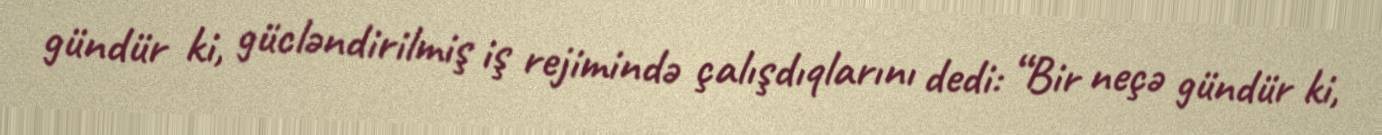
gündür ki, gücləndirilmiş iş rejimində çalışdıqlarını dedi: “Bir neçə gündür ki,